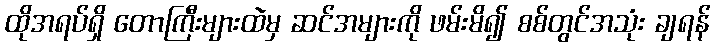
ထိုအရပ်ရှိ တောကြီးများထဲမှ ဆင်အများကို ဖမ်းမိ၍ စစ်တွင်အသုံး ချရန်